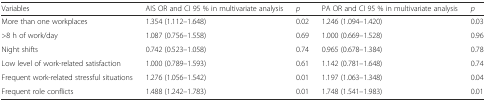
| Variables | AIS OR and CI 95 % in multivariate analysis | p | PA OR and CI 95 % in multivariate analysis | p |
 | --- | --- | --- | --- | --- |
 | More than one workplaces | 1.354 (1.112–1.648) | 0.02 | 1.246 (1.094–1.420) | 0.03 |
 | >8 h of work/day | 1.087 (0.756–1.558) | 0.69 | 1.000 (0.669–1.528) | 0.96 |
 | Night shifts | 0.742 (0.523–1.058) | 0.74 | 0.965 (0.678–1.384) | 0.78 |
 | Low level of work-related satisfaction | 1.000 (0.789–1.593) | 0.61 | 1.142 (0.781–1.648) | 0.74 |
 | Frequent work-related stressful situations | 1.276 (1.056–1.542) | 0.01 | 1.197 (1.063–1.348) | 0.04 |
 | Frequent role conflicts | 1.488 (1.242–1.783) | 0.01 | 1.748 (1.541–1.983) | 0.01 |